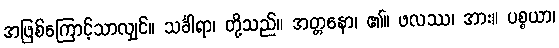
အဖြစ်ကြောင့်သာလျှင်။ သင်္ခါရာ၊ တို့သည်။ အတ္တနော၊ ၏။ ဖလဿ၊ အား။ ပစ္စယာ၊